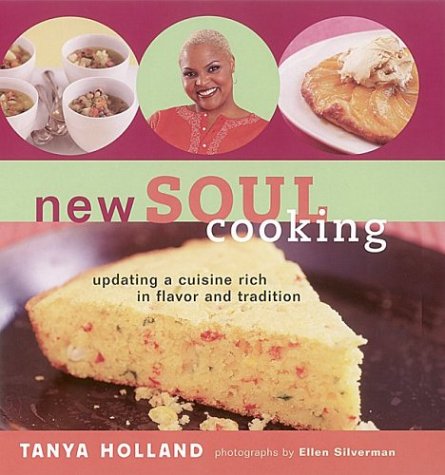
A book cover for New Soul Cooking: Updating a Cuisine Rich in Flavor and Tradition; Tanya Holland; Cookbooks, Food & Wine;